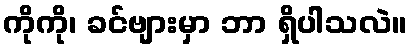
ကိုကို၊ ခင်ဗျားမှာ ဘာ ရှိပါသလဲ။